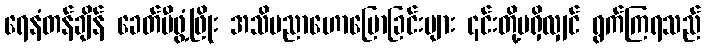
ရေနံတန်ချိန် ခေတ်မီဖွံ့ဖြိုး အသိပညာဟောပြောခြင်းများ ၎င်းတို့မရှိလျှင် ရွက်ကြရသည်